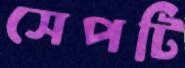
সেপটি